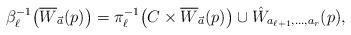
LaTeX: \begin{align*}\beta_\ell^{-1}\big(\overline{W}_{\vec{a}}(p)\big) = \pi_\ell^{-1}\big(C \times \overline{W}_{\vec{a}}(p)\big) \cup \hat{W}_{a_{\ell+1},\dots,a_r}(p),\end{align*}